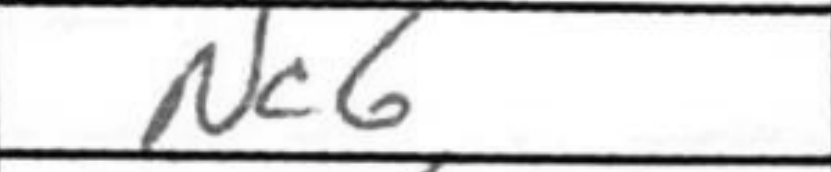
Transcription: Nc6